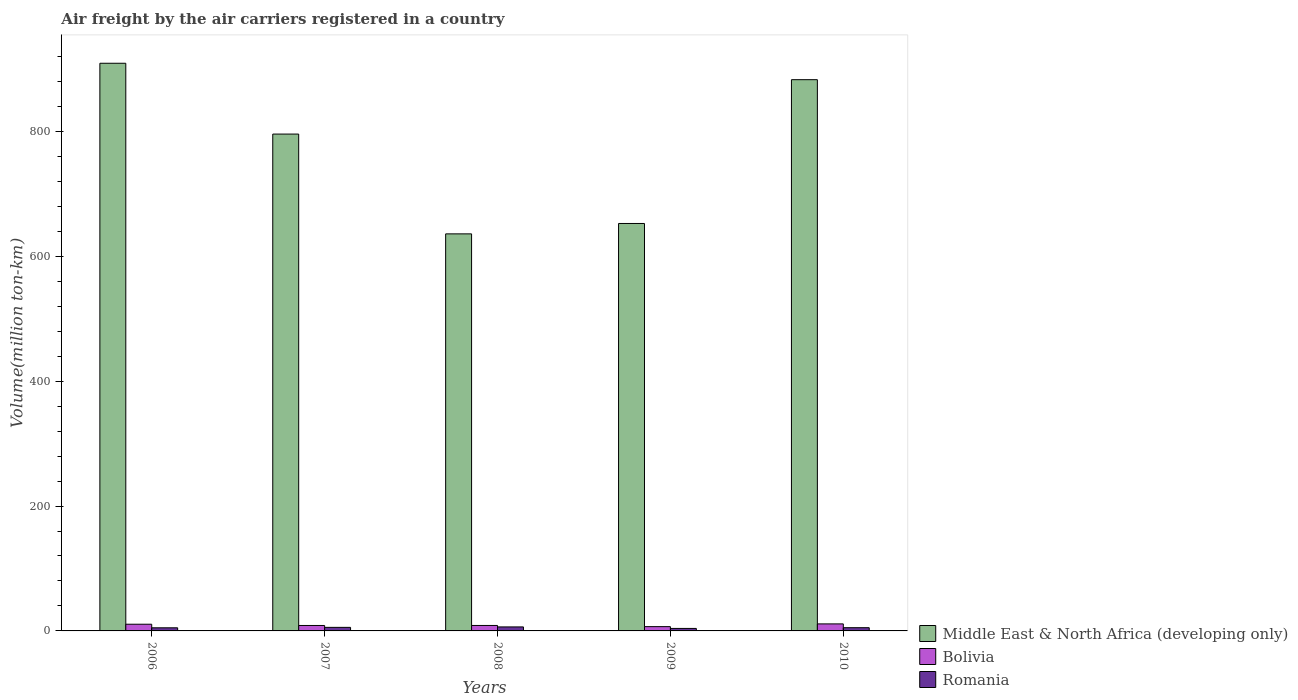
| Years | Middle East & North Africa (developing only) | Bolivia | Romania |
 | --- | --- | --- | --- |
 | 2006 | 909 | 10.7 | 4.98 |
 | 2007 | 796 | 8.72 | 5.68 |
 | 2008 | 636 | 8.76 | 6.42 |
 | 2009 | 653 | 6.87 | 3.99 |
 | 2010 | 883 | 11.2 | 5.16 |